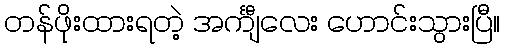
တန်ဖိုးထားရတဲ့ အင်္ကျီလေး ဟောင်းသွားပြီ။